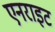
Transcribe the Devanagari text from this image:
एनराइट